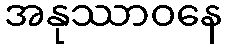
အနုဿာဝနေ